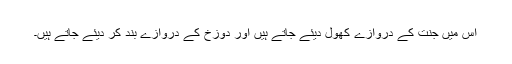
اس میں جنت کے دروازے کھول دیئے جاتے ہیں اور دوزخ کے دروازے بند کر دیئے جاتے ہیں۔